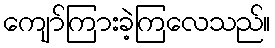
ကျော်ကြားခဲ့ကြလေသည်။